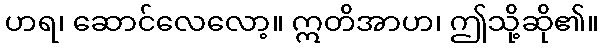
ဟရ၊ ဆောင်လေလော့။ ဣတိအာဟ၊ ဤသို့ဆို၏။